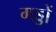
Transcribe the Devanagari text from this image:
गड्डों